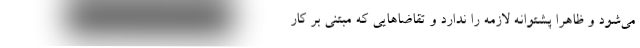
می‌شود و ظاهرا پشتوانه لازمه را ندارد و تقاضاهایی که مبتنی بر کار